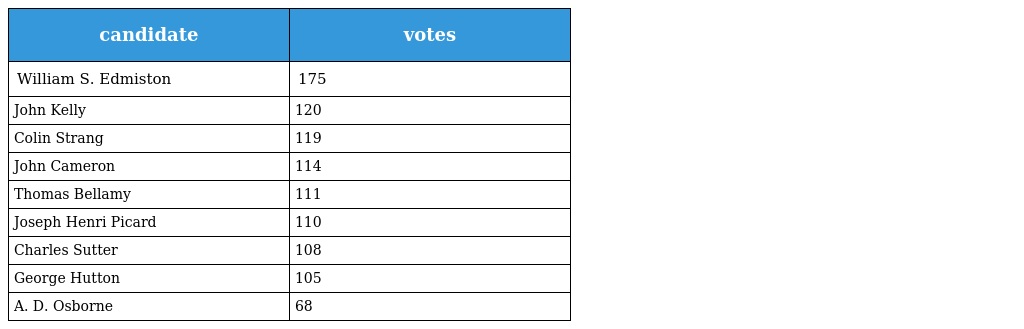
| candidate | votes |
 | --- | --- |
 | William S. Edmiston | 175 |
 | John Kelly | 120 |
 | Colin Strang | 119 |
 | John Cameron | 114 |
 | Thomas Bellamy | 111 |
 | Joseph Henri Picard | 110 |
 | Charles Sutter | 108 |
 | George Hutton | 105 |
 | A. D. Osborne | 68 |